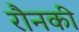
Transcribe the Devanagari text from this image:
रौनकी